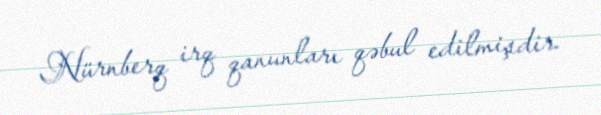
Nürnberq irq qanunları qəbul edilmişdir.